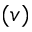
( v )